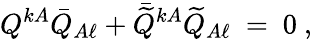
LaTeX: Q^{kA}\bar{Q}_{A\ell}+\bar{\widetilde Q}^{kA}\widetilde Q_{A\ell}\ =\ 0\ ,